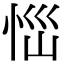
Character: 𢙉